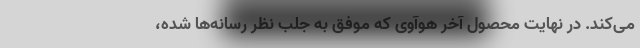
می‌کند. در نهایت محصول آخر هوآوی که موفق به جلب نظر رسانه‌ها شده،